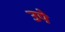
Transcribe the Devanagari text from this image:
उपे